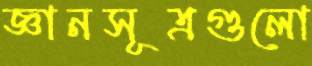
জ্ঞানসূত্রগুলো